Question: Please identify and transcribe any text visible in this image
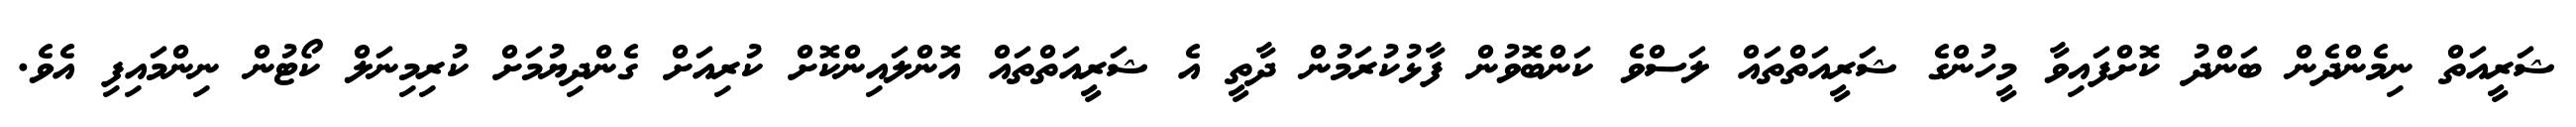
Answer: ޝަރީއަތް ނިމެންދެން ބަންދު ކޮށްފައިވާ މީހުންގެ ޝަރީއަތްތައް ލަސްވެ ކަންބޮވުން ފާޅުކުރަމުން ދާތީ އެ ޝަރީއަތްތައް އޮންލައިންކޮށް ކުރިއަށް ގެންދިޔުމަށް ކުރިމިނަލް ކޯޓުން ނިންމައިފި އެވެ.